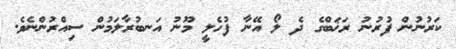
ކަރުނުން ފުރުނު ރަޚަބްގެ ދެ ލޯ އޭނާ ފުހެލީ މޫނު އަނބުރާލަމުން ސިއްރުންނެވެ.